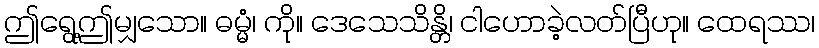
ဤရွေ့ဤမျှသော။ ဓမ္မံ၊ ကို။ ဒေသေသိန္တိ၊ ငါဟောခဲ့လတ်ပြီဟု။ ထေရဿ၊